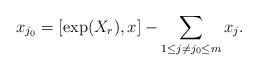
LaTeX: \begin{align*} x_{j_0}=[\exp(X_{r}),x]-\sum_{1\leq j\neq j_0\leq m} x_j.\end{align*}